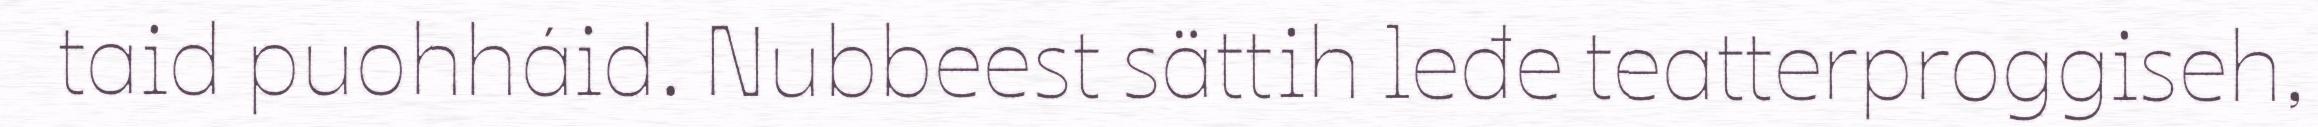
taid puohháid. Nubbeest sättih leđe teatterproggiseh,